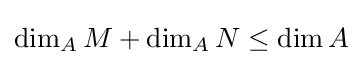
\dim _{A}M+\dim _{A}N\leq \dim A